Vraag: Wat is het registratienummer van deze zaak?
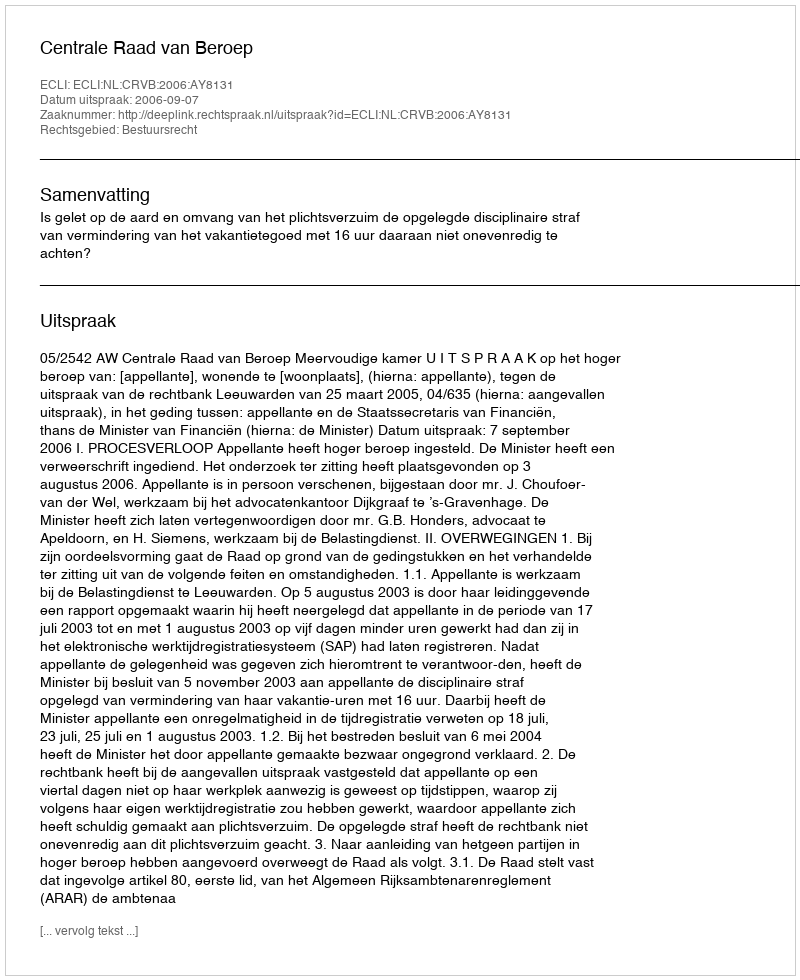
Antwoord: http://deeplink.rechtspraak.nl/uitspraak?id=ECLI:NL:CRVB:2006:AY8131